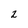
Character: 2